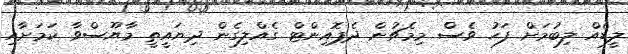
ލީޑެއް ލިބުމަށް ފަހު ވެސް މިމެޗުން ދެޕޮއިންޓް ގެއްލިގެން ދިޔައީތީ މާޔޫސްވާ ކަމަށާއި